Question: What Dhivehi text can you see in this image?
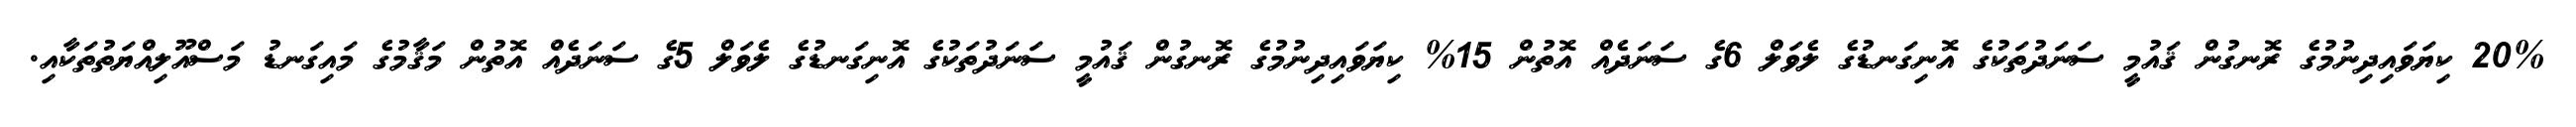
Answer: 20% ކިޔަވައިދިނުމުގެ ރޮނގުން ޤައުމީ ސަނަދުތަކުގެ އޮނިގަނޑުގެ ލެވަލް 6ގެ ސަނަދެއް އޮތުން 15% ކިޔަވައިދިނުމުގެ ރޮނގުން ޤައުމީ ސަނަދުތަކުގެ އޮނިގަނޑުގެ ލެވަލް 5ގެ ސަނަދެއް އޮތުން މަޤާމުގެ މައިގަނޑު މަސްއޫލިއްޔަތުތަކާއި.